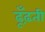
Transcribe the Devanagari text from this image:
ढूँढ़ती